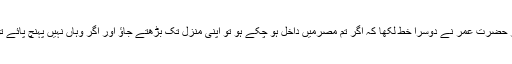
ان کے اصرار پر حضرت عمر نے دوسرا خط لکھا کہ اگر تم مصرمیں داخل ہو چکے ہو تو اپنی منزل تک بڑھتے جاؤ اور اگر وہاں نہیں پہنچ پائے تو واپس لوٹ جاؤ۔